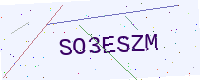
Text: SO3ESZM